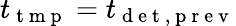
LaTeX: t_{\mathrm{~t~m~p~}}=t_{\mathrm{~d~e~t~,~p~r~e~v~}}